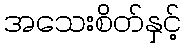
အသေးစိတ်နှင့်